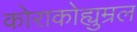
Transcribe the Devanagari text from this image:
कोराकोह्युम्रल